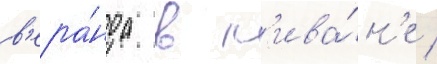
в'ера́нда в л'ива́н'е /